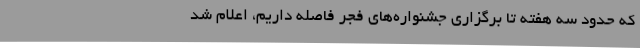
که حدود سه هفته تا برگزاری جشنواره‌های فجر فاصله داریم، اعلام شد